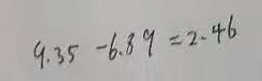
9 . 3 5 - 6 . 8 9 = 2 . 4 6